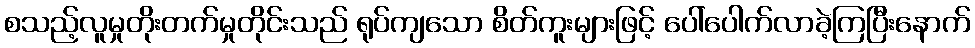
စသည့်လူမှုတိုးတက်မှုတိုင်းသည် ရုပ်ကျသော စိတ်ကူးများဖြင့် ပေါ်ပေါက်လာခဲ့ကြပြီးနောက်